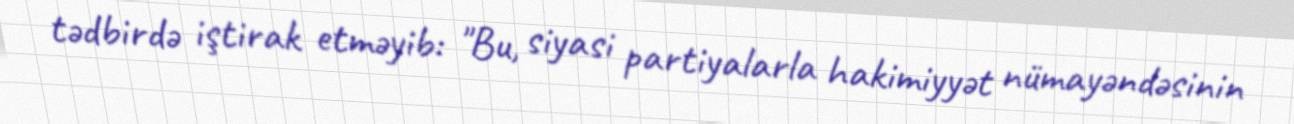
tədbirdə iştirak etməyib: "Bu, siyasi partiyalarla hakimiyyət nümayəndəsinin